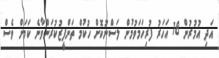
އަދި އުމުރުން 18 އަހަރު ފުރިހަމަވުމުން ލަސްނުކޮށް ހުކުމް ތަންފީޒުކުރަންވާނެ ކަމަށް ވެސް